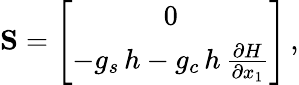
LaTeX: \begin{array}{r}{{\mathbf S}=\left[\begin{array}{c}{0}\\ {-g_{s}\, {h}-g_{c}\, {h}\, \frac{\partial{H}}{\partial{x}_{1}}}\end{array}\right]\, ,}\end{array}